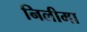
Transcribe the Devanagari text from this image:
निलीमा